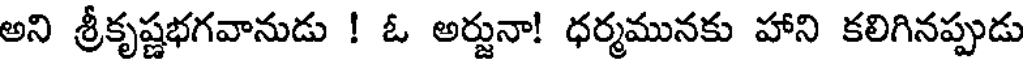
అని శ్రీకృష్ణభగవానుడు ! ఓ అర్జునా! ధర్మమునకు హాని కలిగినప్పుడు